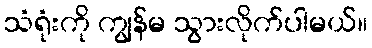
သံရုံးကို ကျွန်မ သွားလိုက်ပါမယ်။